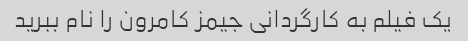
یک فیلم به کارگردانی جیمز کامرون را نام ببرید